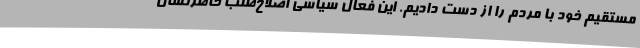
مستقیم خود با مردم را از دست دادیم. این فعال سیاسی اصلاح‌طلب خاطرنشان